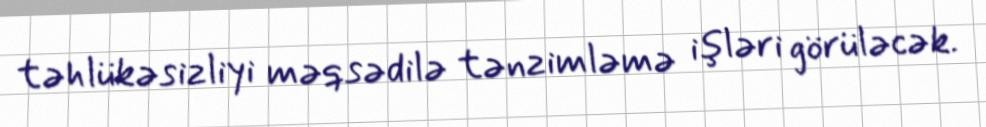
təhlükəsizliyi məqsədilə tənzimləmə işləri görüləcək.